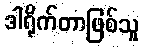
ဒါရိုက်တာဖြစ်သူ